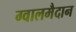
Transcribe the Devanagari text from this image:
ग्वालमैदान